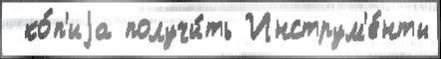
 ко́п'иjа получи́ть Инструм'е́нты